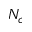
N _ { c }